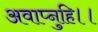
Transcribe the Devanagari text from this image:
अवाप्नुहि।।